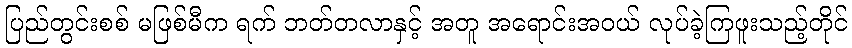
ပြည်တွင်းစစ် မဖြစ်မီက ရက် ဘတ်တလာနှင့် အတူ အရောင်းအဝယ် လုပ်ခဲ့ကြဖူးသည့်တိုင်